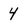
Character: 4